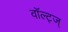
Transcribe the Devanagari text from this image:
वॉल्ट्ज्